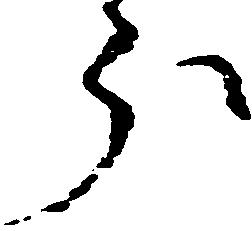
分